Vaccination in Burma 1920-1933 - 1920-1933
Year: 1920
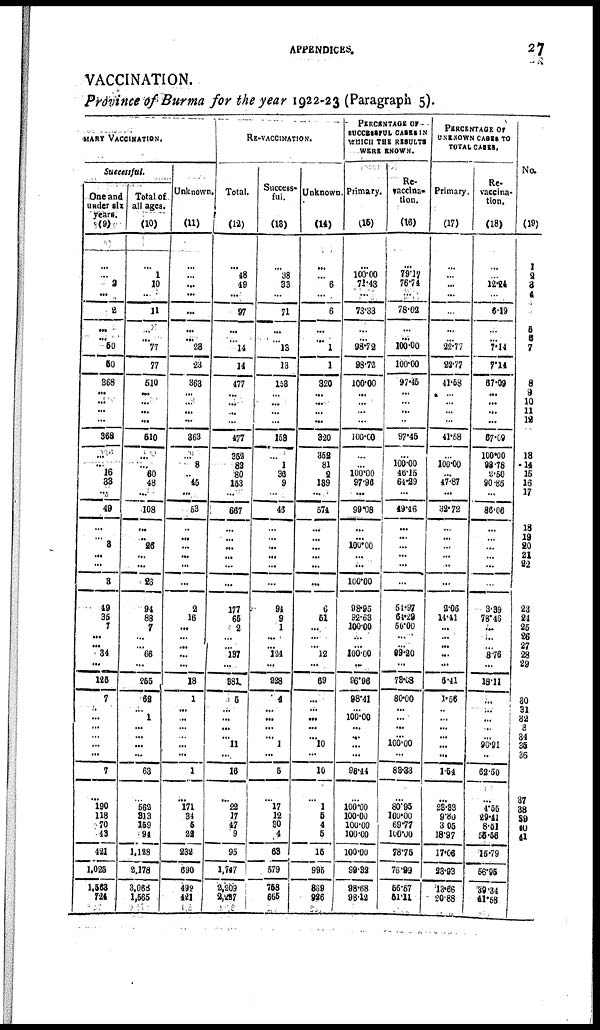
APPENDICES.
27
VACCINATION.
Province of Burma for the year 1922-23 (Paragraph 5).
WARY VACCINATION.
Successful.
One and
under six
years.
(9)
...
...
...
2
...
2
...
... 50
50
368
...
...
...
...
368
...
... 16
33
...
49
...
...
3
...
...
3
49
35
7
...
...
34
...
125
7
...
... ...
...
...
...
7
...
190
118
70
43
421
1,025
1,562
724
Total of
all ages.
(10)
...
...
1
10
...
11
...
...
77
77
510
...
...
...
...
610
...
...
60
48
...
108
...
...
26
...
...
26
94
88
7
...
...
66
...
255
62
...
1
...
...
...
...
63
...
562
313
159
94
1,128
2,178
3,068
1,565
Unknown.
(11
...
...
...
...
...
...
...
...
28
23
363
...
...
...
...
363
...
8
...
45
...
53
...
...
...
...
...
...
2
16
...
...
...
...
...
18
1
... ...
...
...
...
...
1
...
171
34
5
22
232
690
492
421
RE-VACCINATION.
Total.
(12)
...
...
48
49
...
97
...
...
14
14
477
...
...
...
...
477
352
82
80
153
...
667
...
...
...
...
...
...
177
65
2
...
... 137
...
381
5
...
...
...
...
11
...
16
...
22
17
47
9
95
1,747
2,209
2,227
Success-
ful.
(13)
...
...
38
33
...
71
...
...
13
13
153
...
...
...
...
153
...
1
36
9
...
45
...
...
...
...
...
...
94
9
1
...
...
124
...
298
4
...
...
...
...
1
...
5
...
17
12
30
4
63
579
758
665
Unknown.
(14)
...
...
...
6
...
6
...
...
1
1
320
...
...
...
...
820
352
81
2
139
...
574
...
...
...
...
...
...
6
51
...
...
...
12
...
69
...
...
...
...
...
10
...
10
...
1
5
4
5
15
995
869
926
PERCENTAGE OF
SUCCESSFUL CASES IN
WHICH THE RESULTS
WERE KNOWN.
Primary.
(15)
...
...
100.00
71.43
...
73.33
...
...
98.72
98.72
100.00
...
...
...
...
100.00
...
...
100.00
97.96
...
99.08
...
...
100.00
...
...
100.00
98.95
92.63
100.00
...
...
100.00
...
96.96
98.41
...
100.00
...
...
...
...
98.44
...
100.00
100.00
100.00
100.00
100.00
99.32
98.68
98.12
Re-
vaccina¬
tion.
(16)
...
...
79.17
76.74
...
78.02
...
...
100.00
100.00
97.45
...
...
...
...
97.45
...
100.00
46.15
64.29
...
49.46
...
...
...
...
...
...
54.97
64.29
50.00
...
...
99.20
...
78.08
80.00
...
...
...
...
100.00
...
83.33
...
80.95
100.00
69.77
100.00
78.75
76.99
56.57
51.11
PERCENTAGE OF
UNKNOWN CASES TO
TOTAL CASES.
Primary.
(17)
...
...
...
...
...
...
...
...
22.77
22.77
41.58
...
...
...
...
41.58
...
100.00
...
47.87
...
32.72
...
...
...
...
..
...
2.06
14.41
...
...
...
...
...
6.41
1.56
...
...
...
...
...
...
1.54
...
23.33
9,80
3.05
18.97
17.06
23.93
18.66
20.88
Re¬
vaccina-
tion.
(18)
...
...
...
12.24
...
6.19
...
...
7.14
7.14
67.09
...
...
...
...
67.09
100.00
98.78
2.50
90.85
...
86.06
...
...
...
...
...
...
3.39
78.46
...
...
...
876
...
18.11
...
...
...
...
...
90.91
...
62.50
...
4.55
29.41
8.51
55.56
15.79
56.95
39.34
41.58
No.
(19)
...
1
2
3
4
5
6
7
8
9
10
11
12
13
14
15
16
17
18
19
20
21
22
23
24
25
26
27
28
29
30
31
32
33
34
35
36
37
38
39
40
41